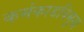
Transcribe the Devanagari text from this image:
कर्मकाडविमुख